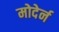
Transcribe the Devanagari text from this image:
मोदेर्न